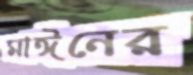
মাঈনের